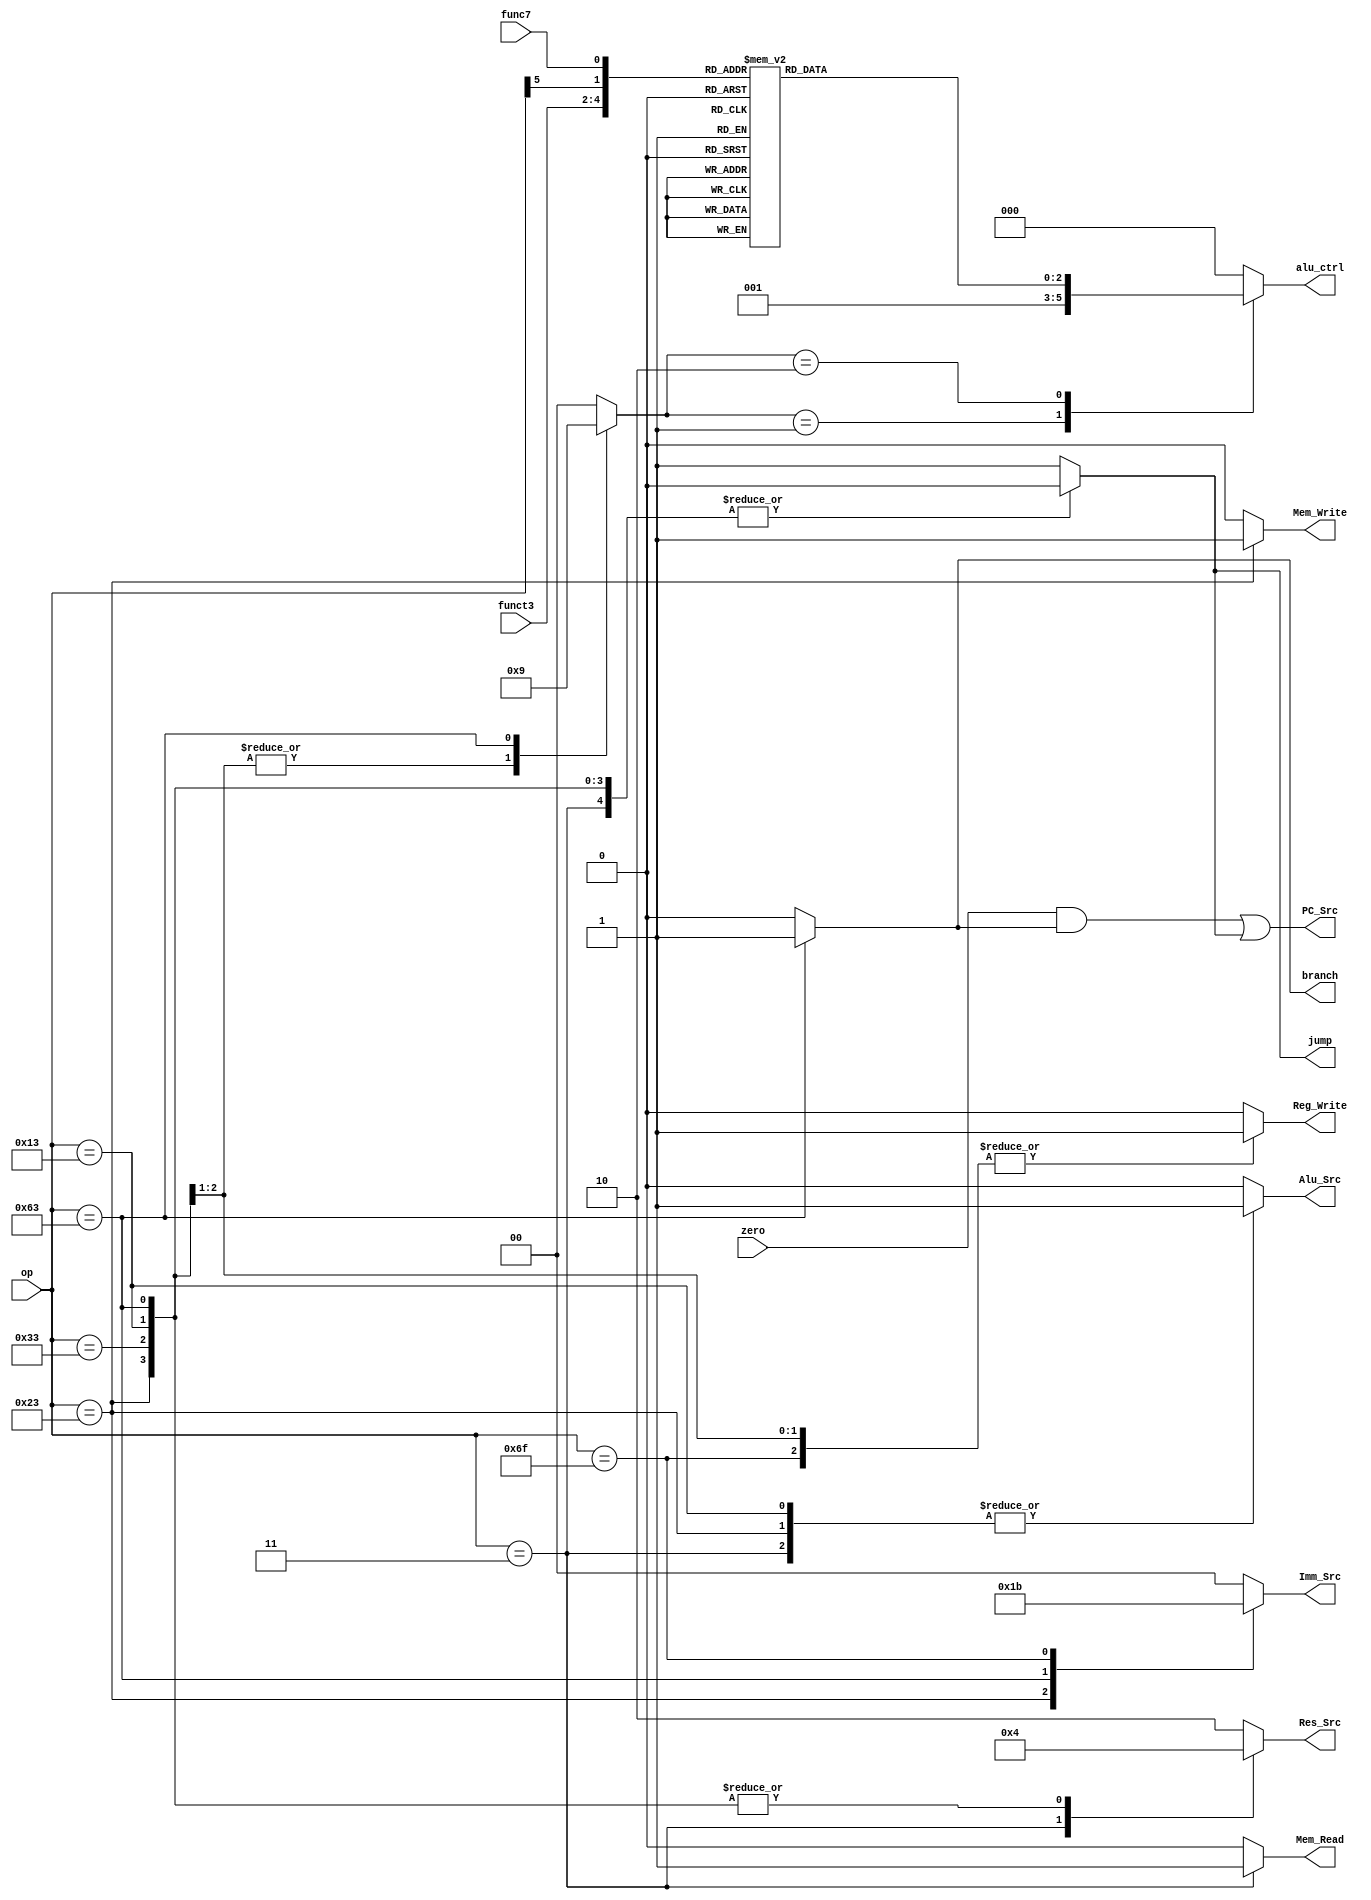
module control_unit(
    input wire [6:0] op,
    input wire [2:0] funct3,
    input wire func7,
    input wire zero,
    output reg branch,
    output reg jump,
    output wire PC_Src,
    output reg Mem_Write,
    output reg Mem_Read,
    output reg [1:0] Res_Src,
    output reg [2:0] alu_ctrl,
    output reg Alu_Src,
    output reg [1:0] Imm_Src,
    output reg Reg_Write
);

reg [1:0] alu_op;
wire branch_reg,jump_reg;

always @(*) begin
    case(op) 
      7'b0000011: begin
        Reg_Write = 1'b0;
        Imm_Src = 2'b00;
        Alu_Src = 1'b1;
        Mem_Write = 1'b0;
        Mem_Read = 1'b1;
        Res_Src = 2'b01;
        branch = 1'b0;
        alu_op = 2'b00;
        jump = 1'b0;
      end
      7'b0100011: begin
        Reg_Write = 1'b0;
        Imm_Src = 2'b01;
        Alu_Src = 1'b1;
        Mem_Write = 1'b1;
        Mem_Read = 1'b0;
        Res_Src = 2'b00;
        branch = 1'b0;
        alu_op = 2'b00;        
        jump = 1'b0;
      end
      7'b0110011: begin 
        Reg_Write = 1'b1;
        Imm_Src = 2'b00;
        Alu_Src = 1'b0;
        Mem_Write = 1'b0;
        Mem_Read = 1'b0;
        Res_Src = 2'b00;
        branch = 1'b0;
        alu_op = 2'b10;
        jump = 1'b0;
      end
       7'b0010011: begin
        Reg_Write = 1'b1;
        Imm_Src = 2'b00;
        Alu_Src = 1'b1;
        Mem_Write = 1'b0;
        Mem_Read = 1'b0;
        Res_Src = 2'b00;
        branch = 1'b0;
        alu_op = 2'b10;
        jump = 1'b0;
      end
      7'b1100011: begin
        Reg_Write = 1'b0;
        Imm_Src = 2'b10;
        Alu_Src = 1'b0;
        Mem_Write = 1'b0;
        Mem_Read = 1'b0;
        Res_Src = 2'b00;
        branch = 1'b1;
        alu_op = 2'b01;
        jump = 1'b0;
      end
      7'b1101111: begin
        Reg_Write = 1'b1;
        Imm_Src = 2'b11;
        Alu_Src = 1'b0;
        Mem_Write = 1'b0;
        Mem_Read = 1'b0;
        Res_Src = 2'b10;
        branch = 1'b0;
        alu_op = 2'b00;
        jump = 1'b1;
      end
      default: begin
        Reg_Write = 1'b0;
        Imm_Src = 2'b00;
        Alu_Src = 1'b0;
        Mem_Write = 1'b0;
        Mem_Read = 1'b0;
        Res_Src = 2'b10;
        branch = 1'b0;
        alu_op = 2'b00;
        jump = 1'b1;
      end            
    endcase
end

always @(*) begin
    case(alu_op) 
      2'b00: begin
        alu_ctrl = 3'b000;
      end
      2'b01: begin
        alu_ctrl = 3'b001;
      end
      2'b10: begin
    case({funct3,op[5],func7}) 
      5'b00000: begin
        alu_ctrl = 3'b000;
      end
      5'b00001: begin
        alu_ctrl = 3'b000;
      end
      5'b00010: begin
        alu_ctrl = 3'b000;
      end
      5'b00011: begin
        alu_ctrl = 3'b001;
      end
      ////////
      5'b01000: begin
        alu_ctrl = 3'b101;
      end
      5'b01001: begin
        alu_ctrl = 3'b101;
      end
      5'b01010: begin
        alu_ctrl = 3'b101;
      end
      5'b01011: begin
        alu_ctrl = 3'b101;
      end     
      /////////////             
       5'b11000: begin
        alu_ctrl = 3'b011;
      end
      5'b11001: begin
        alu_ctrl = 3'b011;
      end
      5'b11010: begin
        alu_ctrl = 3'b011;
      end
      5'b11011: begin
        alu_ctrl = 3'b011;
      end 
      //////// 
       5'b11100: begin
        alu_ctrl = 3'b010;
      end
      5'b11101: begin
        alu_ctrl = 3'b010;
      end
      5'b11110: begin
        alu_ctrl = 3'b010;
      end
      5'b11111: begin
        alu_ctrl = 3'b010;
      end 
      ////////       
      default: begin
        alu_ctrl = 3'b000;
      end            
    endcase
      end
      default: begin
        alu_ctrl = 3'b000;
      end            
    endcase
end

assign branch_reg = branch;
assign jump_reg = jump;
assign PC_Src =  (zero & branch_reg) | jump_reg;

endmodule